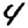
Digit: 4